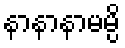
နာနာနာမမ္ပိ